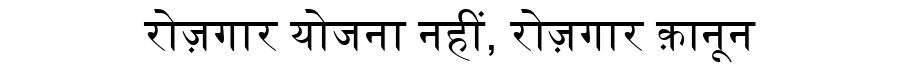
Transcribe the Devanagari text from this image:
रोज़गार योजना नहीं, रोज़गार क़ानून